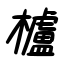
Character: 櫨